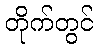
တိုက်တွင်